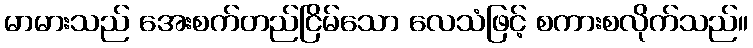
မာမားသည် အေးစက်တည်ငြိမ်သော လေသံဖြင့် စကားစလိုက်သည်။